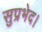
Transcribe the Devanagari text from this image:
सुप्रभेद।